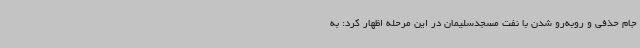
جام حذفی و روبه‌رو شدن با نفت مسجدسلیمان در این مرحله اظهار کرد: به